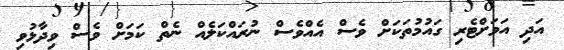
އަދި އަވަށްޓެރި ގައުމުތަކަށް ވެސް އެއްވެސް ނުރައްކަލެއް ނެތް ކަމަށް ވެސް ވިދާޅުވި